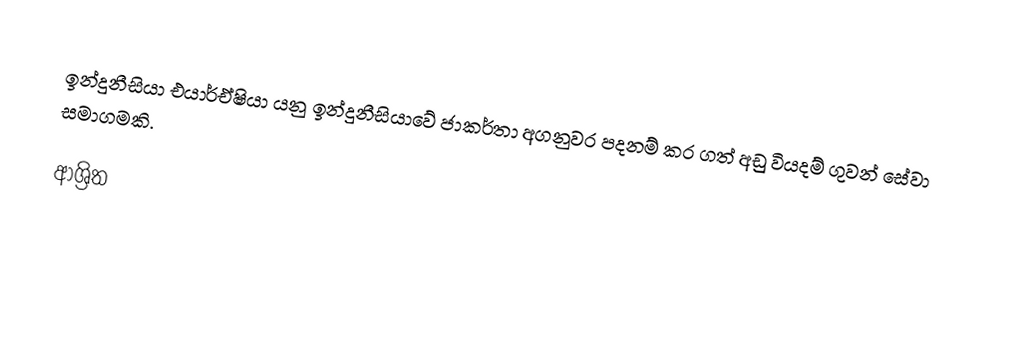
ඉන්දුනීසියා එයාර්ඒෂියා යනු ඉන්දුනීසියාවේ ජාකර්තා අගනුවර පදනම් කර ගත් අඩු වියදම් ගුවන් සේවා සමාගමකි.

ආශ්‍රිත